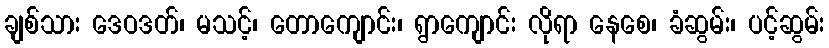
ချစ်သား ဒေဝဒတ်၊ မသင့်၊ တောကျောင်း၊ ရွာကျောင်း လိုရာ နေစေ၊ ခံဆွမ်း၊ ပင့်ဆွမ်း